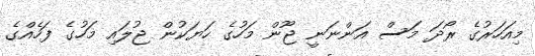
މިއަހަރުގެ ރޯދަ މަސް އަންނަނީ ޖޫން މަހުގެ ހަޔަކުން ޖުލައި މަހުގެ ފަހެއްގެ